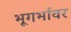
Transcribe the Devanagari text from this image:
भूगर्भावर